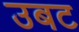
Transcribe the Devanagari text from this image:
उबट